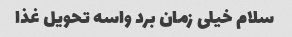
سلام خیلی زمان برد واسه تحویل غذا